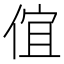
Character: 𠊙